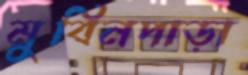
মুবিনপাড়া